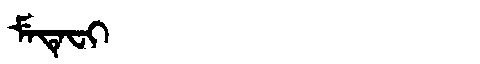
Manchu: ᠮᡝᡨᡝᠸᡳ
Romanization: METEFI